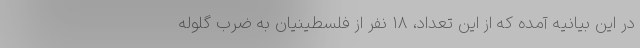
در این بیانیه آمده که از این تعداد، ۱۸ نفر از فلسطینیان به ضرب گلوله